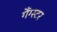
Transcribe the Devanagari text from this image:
गैंग्‍स्‍टर